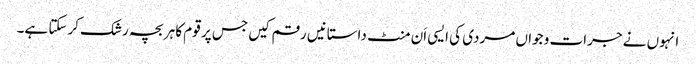
انہوں نے جرات و جواں مردی کی ایسی اَن منٹ داستانیں رقم کیں جس پر قوم کا ہر بچہ رشک کرسکتا ہے۔